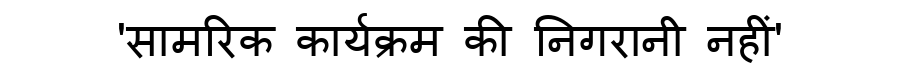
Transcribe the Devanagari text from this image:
'सामरिक कार्यक्रम की निगरानी नहीं'